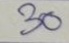
30